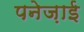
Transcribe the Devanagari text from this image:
पनेज़ाई